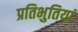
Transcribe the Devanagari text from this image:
प्रतिभुतियां